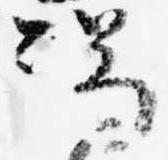
弱